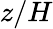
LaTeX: z/H